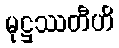
မုဋ္ဌဿတီဟိ